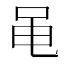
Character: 黾